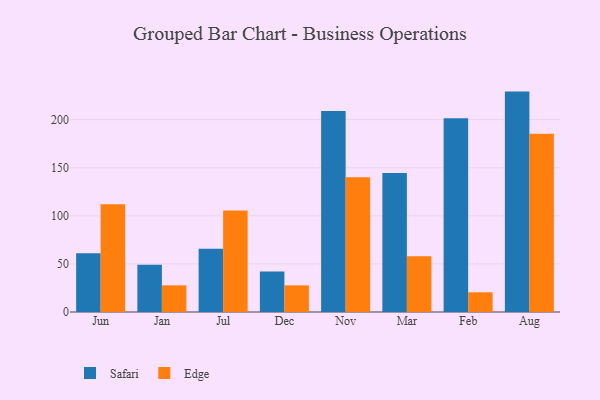
{"axis": {"x": "Month", "y": "Satisfaction Score"}, "legend": ["Edge", "Safari"], "data": [{"x": "Jun", "y": 61.0, "type": "Safari"}, {"x": "Jun", "y": 112.0, "type": "Edge"}, {"x": "Jan", "y": 49.1, "type": "Safari"}, {"x": "Jan", "y": 27.7, "type": "Edge"}, {"x": "Jul", "y": 65.9, "type": "Safari"}, {"x": "Jul", "y": 105.6, "type": "Edge"}, {"x": "Dec", "y": 42.0, "type": "Safari"}, {"x": "Dec", "y": 27.7, "type": "Edge"}, {"x": "Nov", "y": 209.0, "type": "Safari"}, {"x": "Nov", "y": 140.2, "type": "Edge"}, {"x": "Mar", "y": 144.5, "type": "Safari"}, {"x": "Mar", "y": 58.1, "type": "Edge"}, {"x": "Feb", "y": 201.4, "type": "Safari"}, {"x": "Feb", "y": 20.5, "type": "Edge"}, {"x": "Aug", "y": 229.2, "type": "Safari"}, {"x": "Aug", "y": 185.4, "type": "Edge"}]}